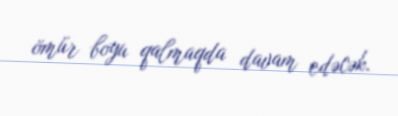
ömür boyu qalmaqda davam edəcək.